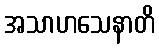
အသာဟသေနာတိ